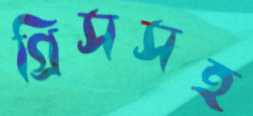
গ্রিসসহ